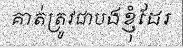
គាត់ត្រូវជាបងខ្ញុំដែរ